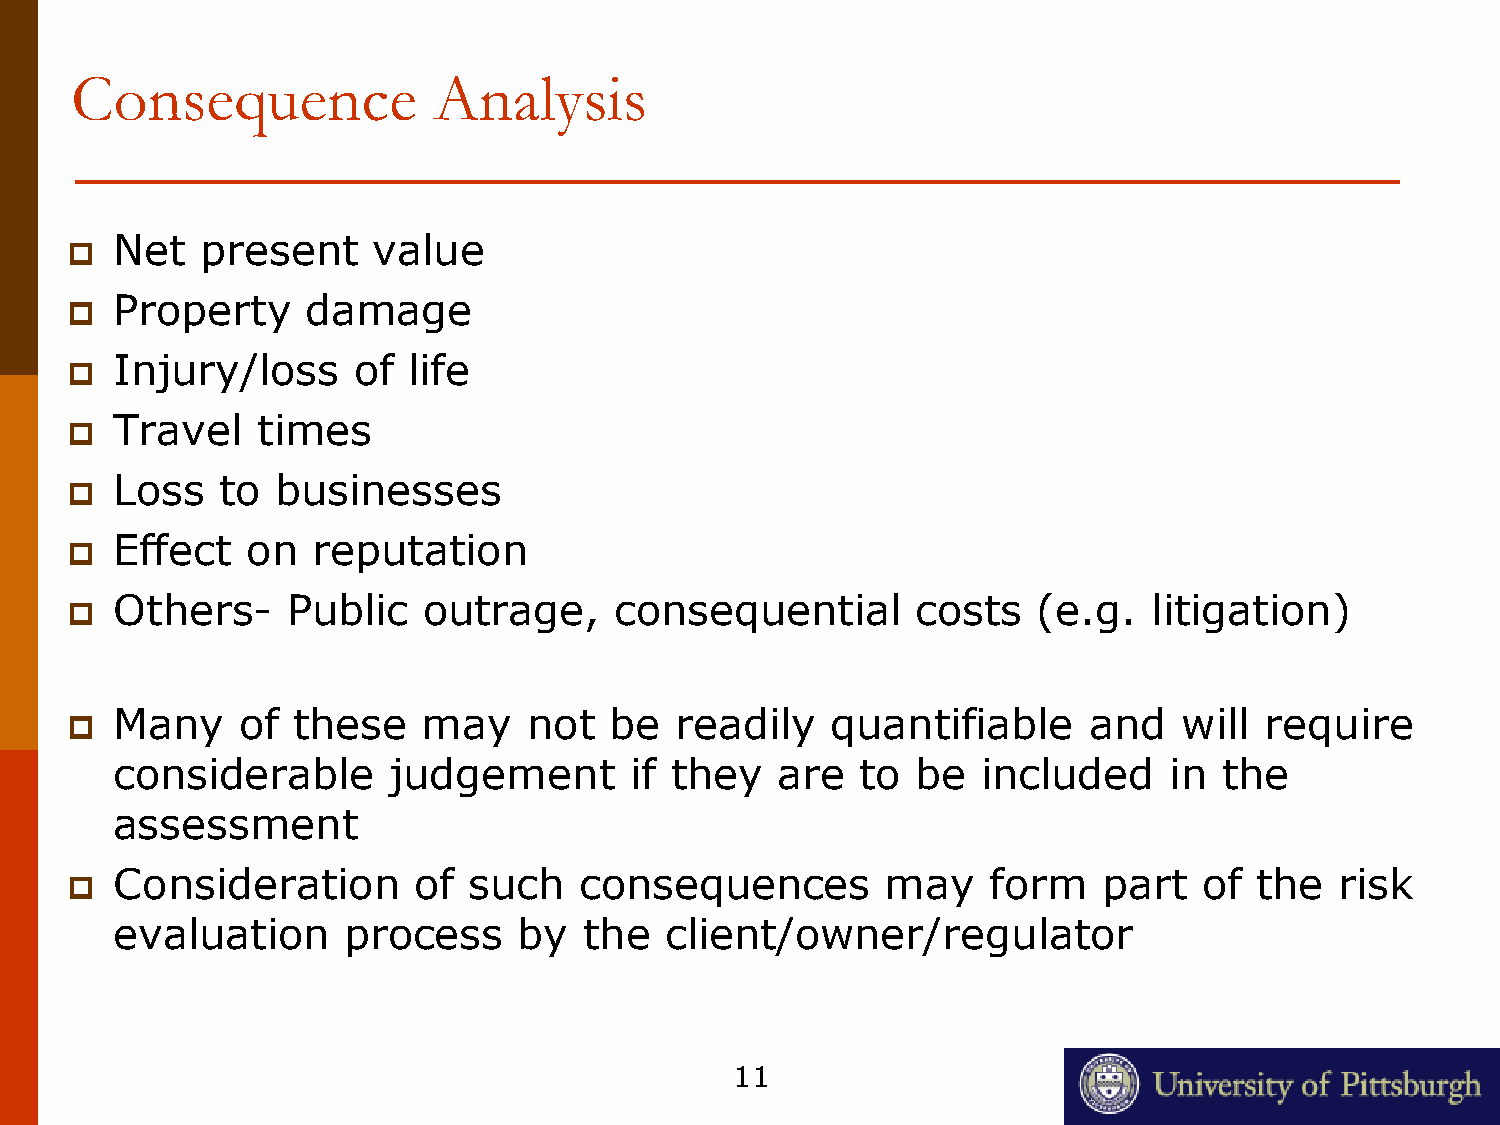
Consequence             Analysis
 Net  present     value
 
 Property    damage
 
 Injury/loss    of  life
 
 Travel   times
 
 Loss   to businesses
 
 Effect  on   reputation
 
 Others-    Public   outrage,     consequential       costs   (e.g.  litigation)
 
 Many    of these    may    not  be   readily   quantifiable     and   will  require
 
 considerable      judgement       if they  are   to  be  included    in  the
 assessment
 Consideration      of  such   consequences         may    form   part   of the   risk
 
 evaluation     process    by   the  client/owner/regulator
 11